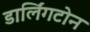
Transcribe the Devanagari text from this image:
डार्लिंगटोन